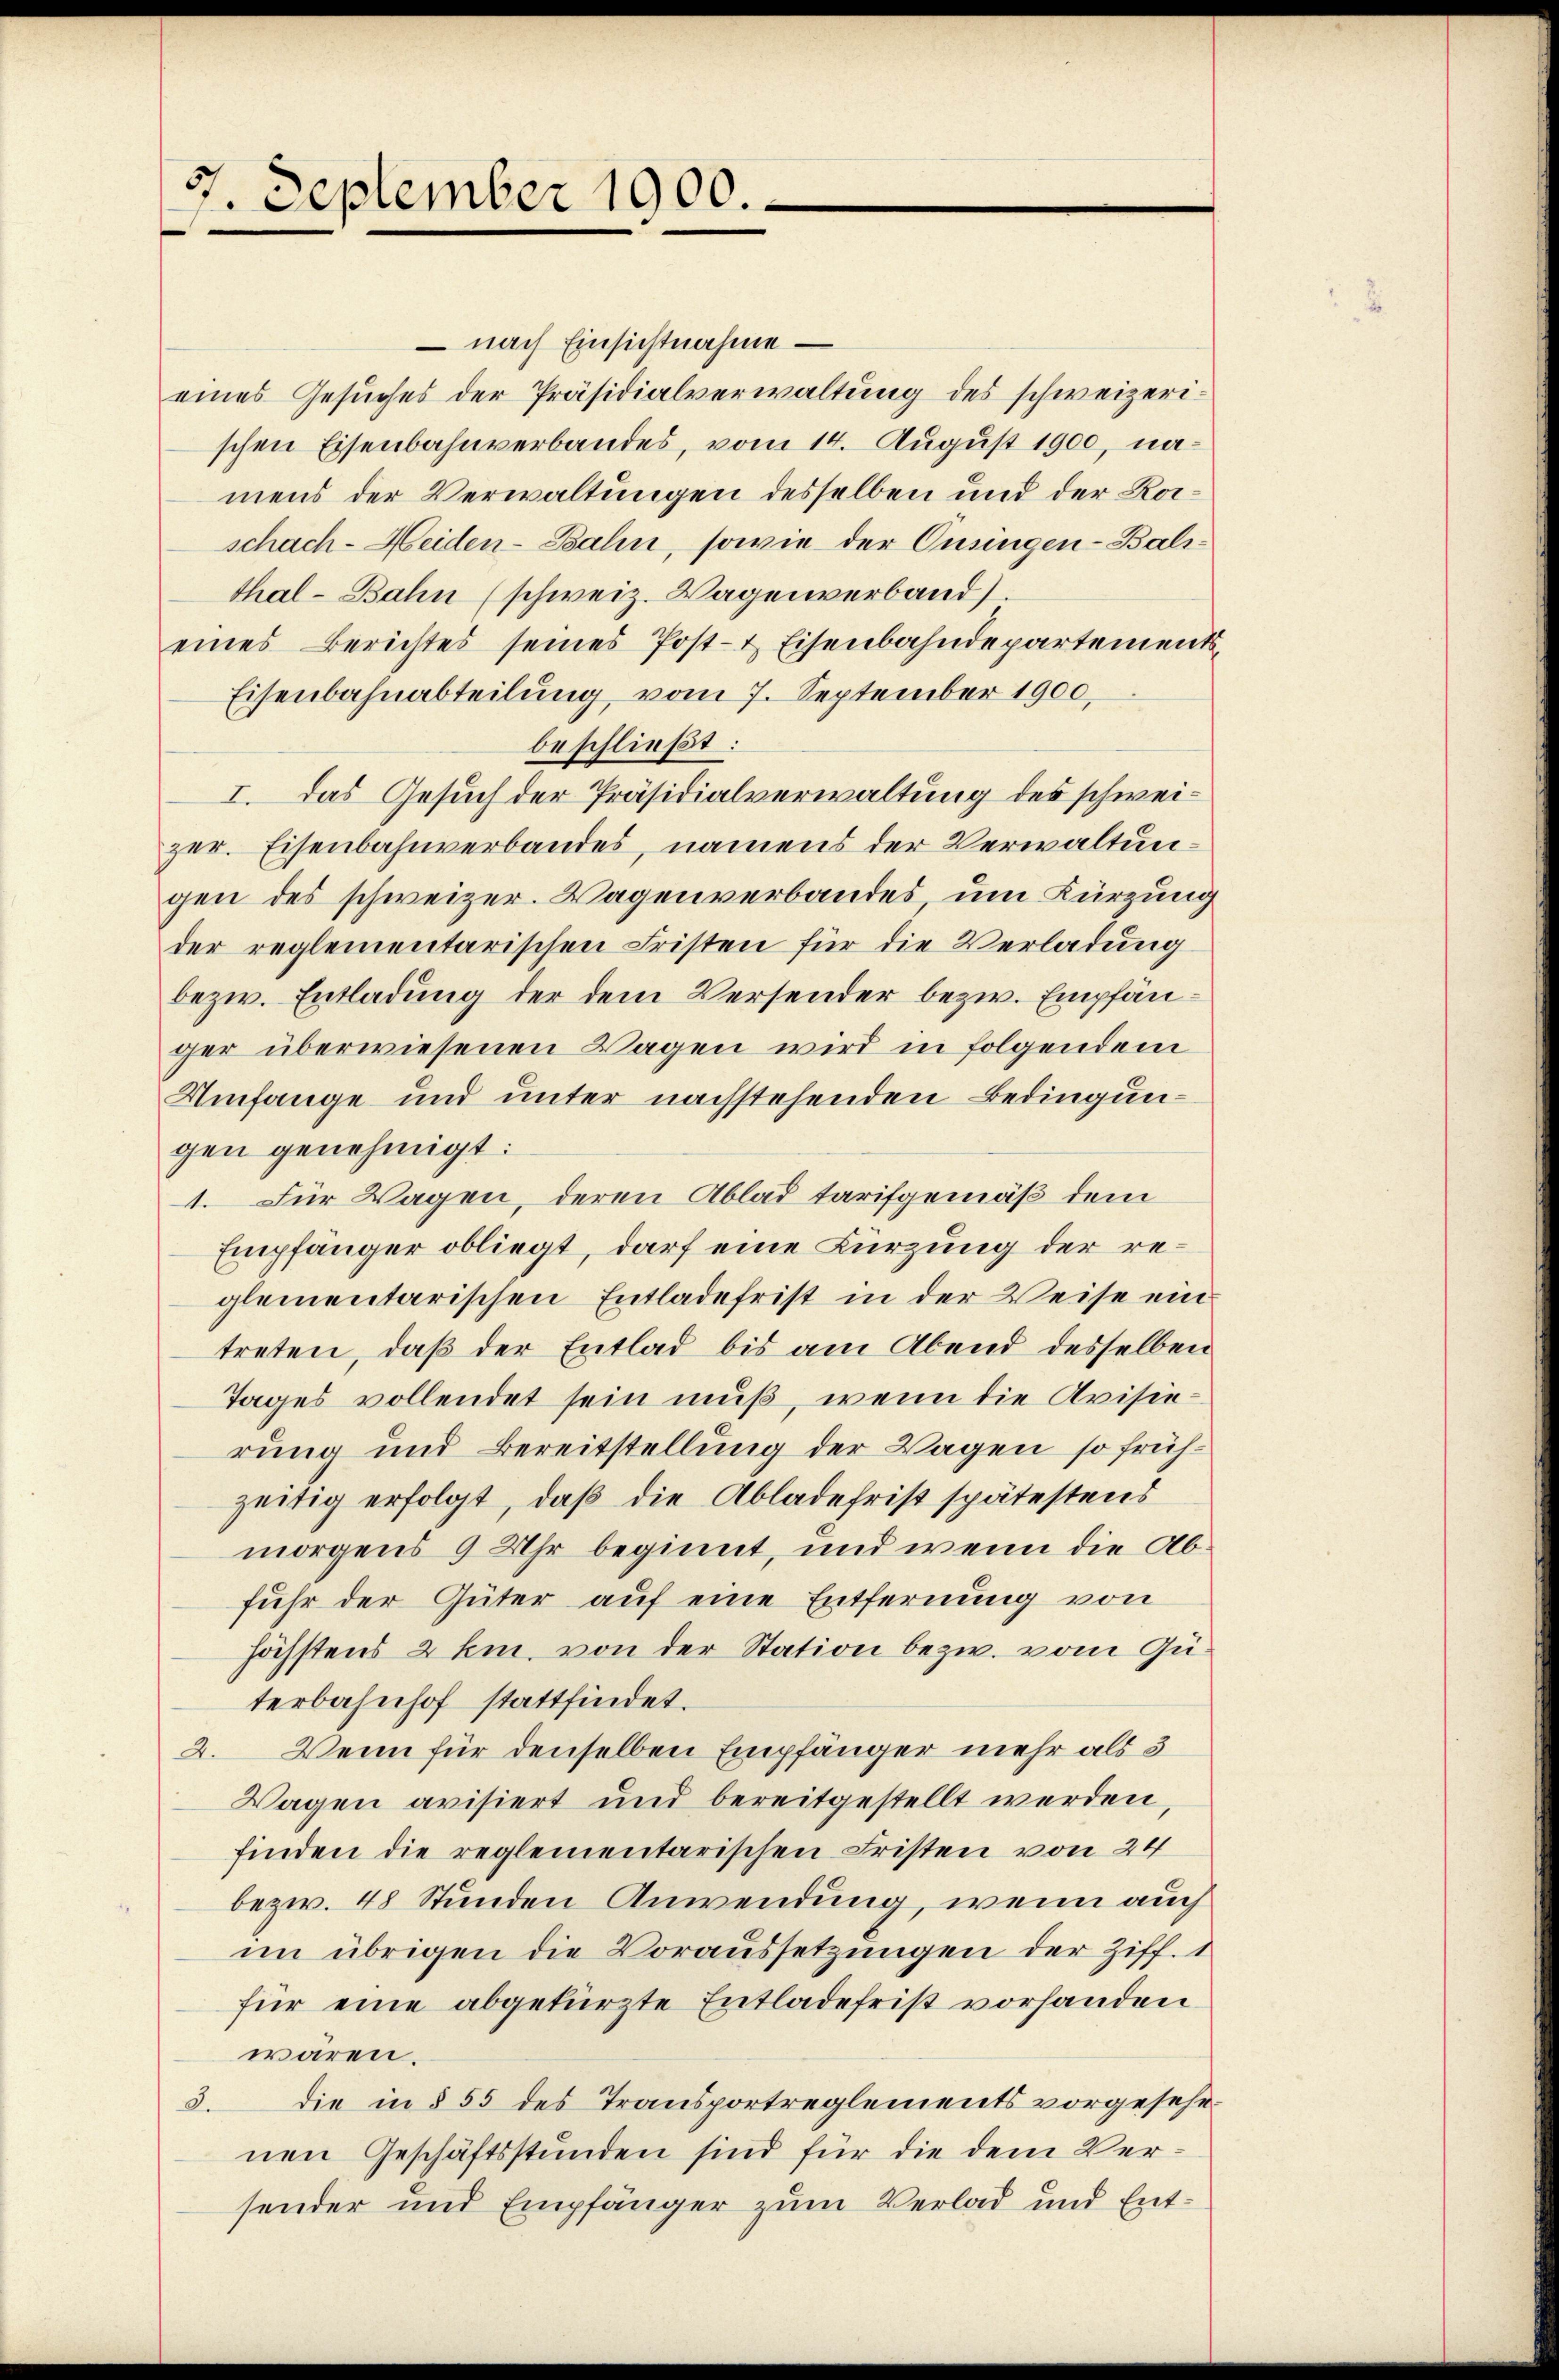
9. September 1900.

nach Einsichtnahme –
eines Gesuches der Präsidialverwaltung des schweizerischen Eisenbahnverbandes, vom 14. August 1900, namens der Verwaltungen desselben und der Kaischach-Heiden-Balin, sowie der Cusingen - Balithal-Bahn (schweiz. Wagenverband)
eines Berichtes seines Post- & Eisenbahndepartement
Eisenbahnabteilung vom 7. September 1900,
beschließt:
I. Das Gesuch der Präsidialverwaltung des schweizer. Eisenbahnverbandes, namens der Verwaltungen des schweizer. Wagenverbandes, um Kürzung
der reglementarischen Fristen für die Verladung
bezw. Entladung der dem Versender bezw. Empfänger überwiesenen Wagen wird in folgendem
Umfange und unter nachstehenden Bedingungen genehmigt:
1. Für Wagen, deren Ablad tarifgemäß dem
Empfänger obliegt, darf eine Kürzung der reglementarischen Entladefrist in der Weise ein
treten, daß der Entlad bis am Abend desselben
Tages vollendet sein muß, wenn die Avisierung und Bereitstellung der Wagen so frühzeitig erfolgt, daß die Abladehrist spätestens
morgens 9 Uhr beginnt, und wenn die Abfuhr der Güter auf eine Entfernung von
höchstens 2 km. von der Station bezw. vom Guterbahnhof stattfindet.
2. Wenn für denselben Empfänger mehr als 3
Wagen avisiert und bereitgestellt werden,
finden die reglementarischen Fristen von 24
bezw. 48 Stunden Anwendung, wenn auch
im übrigen die Voraussetzungen der Ziff. 1
für eine abgekürzte Entladefrist vorhanden
waren.
3. die in § 55 des Transportreglements vorgesehenen Geschäftsstunden sind für die dem Versonder und Empfänger zum Verlad und Ent¬